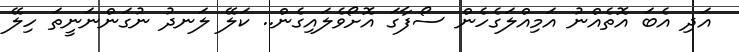
އަދި އެބަ އޮތެއްނު އަމިއްލަގެހެން ސޯފާގަ އޮށޯވެލައިގެން.. ކަލޭ ލަނދު ނުގަންނަނީތަ ހިލޭ